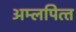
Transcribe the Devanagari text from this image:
अम्‍लपित्‍त